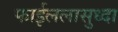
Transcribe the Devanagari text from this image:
फाईललासुध्दा